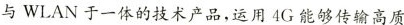
与WLAN于一体的技术产品，运用4G能够传输高质